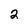
Character: 2